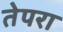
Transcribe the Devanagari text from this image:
तेपरा